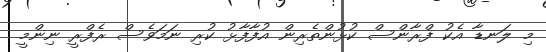
މި ލަނޑާ އެކު ފްރާންސް ކުޅުންތެރިން އުފާފާޅު ކުރި ނަމަވެސް ރެފްރީ ނިންމީ